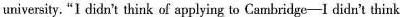
university. "I didn't think of applying to Cambridge—I didn't think